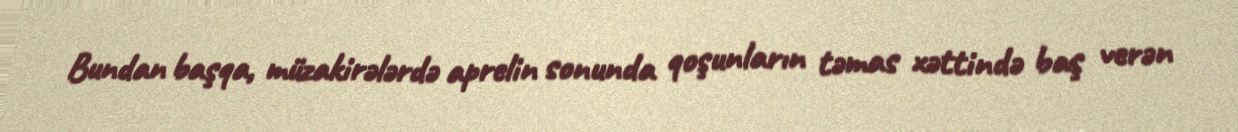
Bundan başqa, müzakirələrdə aprelin sonunda qoşunların təmas xəttində baş verən